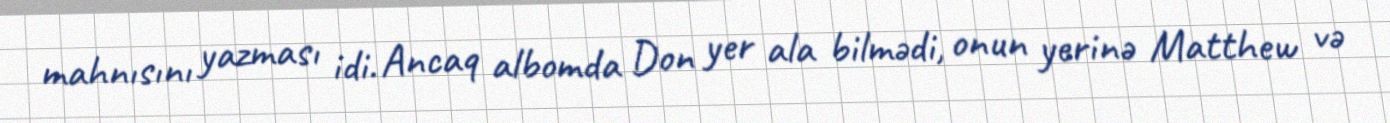
mahnısını yazması idi. Ancaq albomda Don yer ala bilmədi, onun yerinə Matthew və